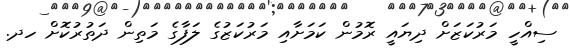
ސިއްހީ މަރުކަޒަށް ދިޔައީ ރޮމުން ކަމަށާއި މަރުކަޒުގެ ލަފާގެ މަތިން ދަތުރުކޮށް ހދ.